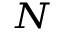
_ N